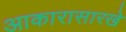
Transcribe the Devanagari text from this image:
आकारासारखे